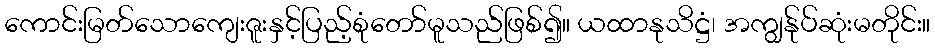
ကောင်းမြတ်သောကျေးဇူးနှင့်ပြည့်စုံတော်မူသည်ဖြစ်၍။ ယထာနုသိဋ္ဌံ၊ အကျွန်ုပ်ဆုံးမတိုင်း။